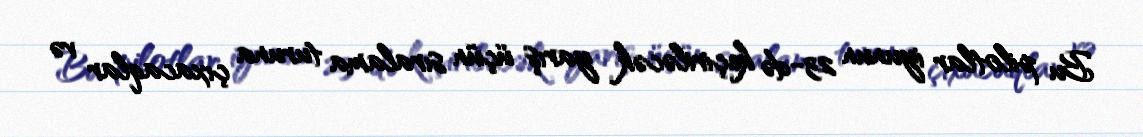
Bu pilotlar iyunun 23-də keçiriləcək yarış üçün sıralama turuna çıxacaqlar və